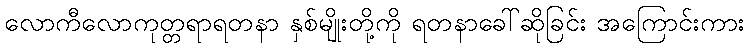
လောကီလောကုတ္တရာရတနာ နှစ်မျိုးတို့ကို ရတနာခေါ်ဆိုခြင်း အကြောင်းကား